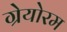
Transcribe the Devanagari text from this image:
ग्रेयोरम